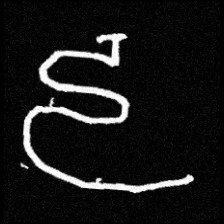
Pyu character \u2014 Myanmar letter: ဠ (romanized: lla)